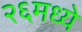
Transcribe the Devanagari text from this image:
२६मध्ये